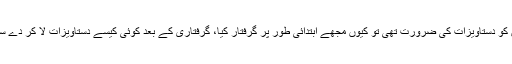
، اگر ان کو دستاویزات کی ضرورت تھی تو کیوں مجھے ابتدائی طور پر گرفتار کیا، گرفتاری کے بعد کوئی کیسے دستاویزات لا کر دے سکتا ہے۔